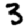
Digit: 3